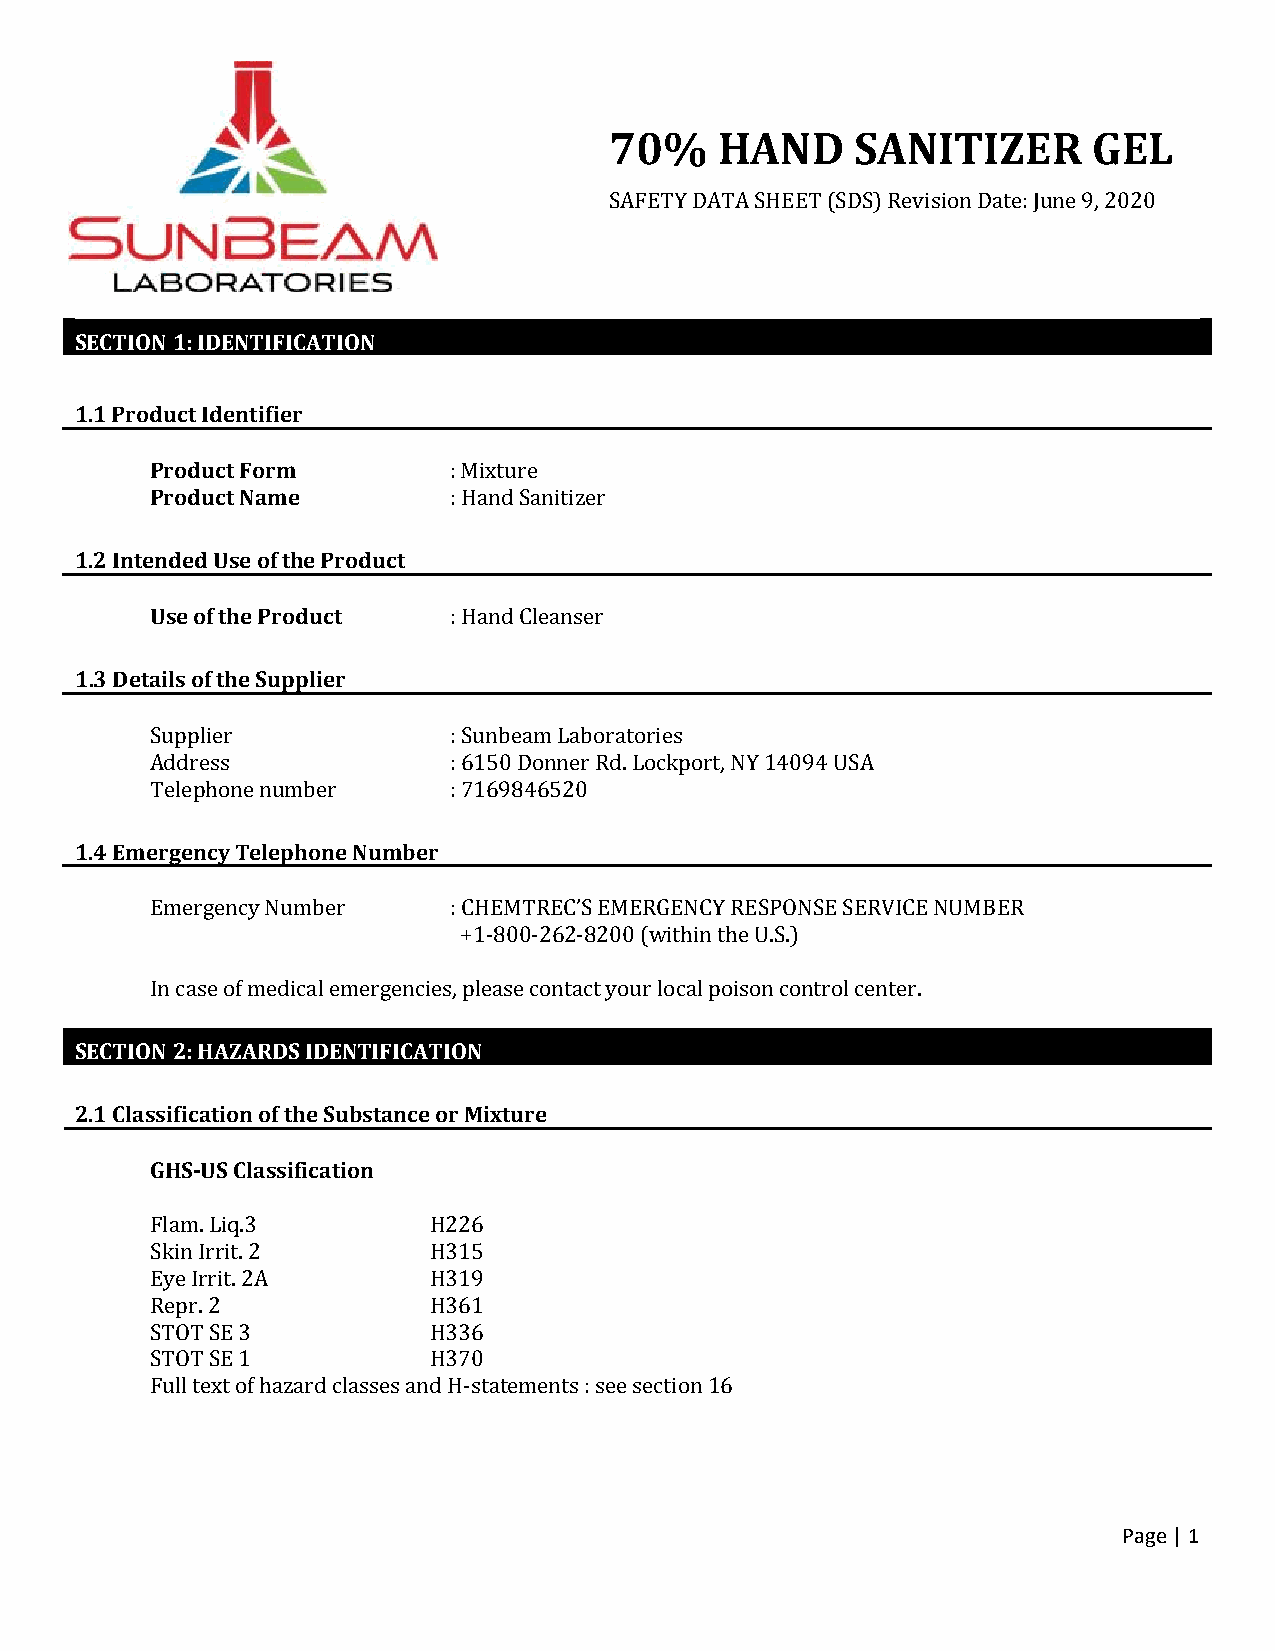
70%     HAND     SANITIZER      GEL
 SAFETY DATA SHEET (SDS) Revision Date: June 9, 2020
 SECTION 1: IDENTIFICATION
 1.1 Product Identifier
 Product Form        : Mixture
 Product Name        : Hand Sanitizer
 1.2 Intended Use of the Product
 Use of the Product  : Hand Cleanser
 1.3 Details of the Supplier
 Supplier            : Sunbeam Laboratories
 Address             : 6150 Donner Rd. Lockport, NY 14094 USA
 Telephone number    : 7169846520
 1.4 Emergency Telephone Number
 Emergency Number    : CHEMTREC’S EMERGENCY RESPONSE SERVICE NUMBER
 +1-800-262-8200 (within the U.S.)
 In case of medical emergencies, please contact your local poison control center.
 SECTION 2: HAZARDS IDENTIFICATION
 2.1 Classification of the Substance or Mixture
 GHS-US Classification
 Flam. Liq.3       H226
 Skin Irrit. 2     H315
 Eye Irrit. 2A     H319
 Repr. 2           H361
 STOT SE 3         H336
 STOT SE 1         H370
 Full text of hazard classes and H-statements : see section 16
 Page | 1